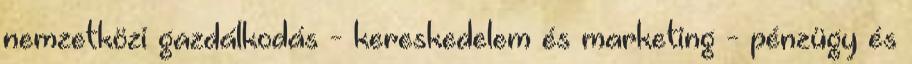
nemzetközi gazdálkodás - kereskedelem és marketing - pénzügy és